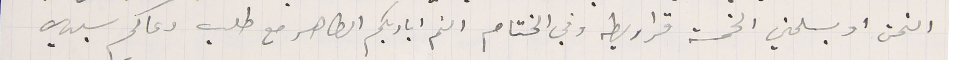
التمن او يسلمني الخمسة قراريط وفي الختام الثم اياديكم الطاهر مع طلب دعاكم سيدي